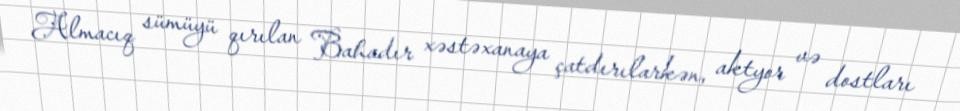
Almacıq sümüyü qırılan Bahadır xəstəxanaya çatdırılarkən, aktyor və dostları